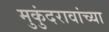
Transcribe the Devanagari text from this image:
मुकुंदरावांच्या